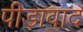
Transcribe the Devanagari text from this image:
पीड़ावाद